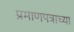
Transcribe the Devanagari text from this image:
प्रमाणपत्राच्या